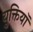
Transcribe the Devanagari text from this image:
युक्तियॉ